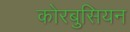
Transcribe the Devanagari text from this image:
कोरबुसियन